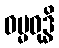
ဓမ္မဝုဒ္ဓိ